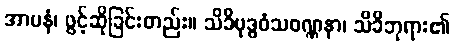
အာပနံ၊ ဖွင့်ဆိုခြင်းတည်း။ သိခိဗုဒ္ဓဝံသဝဏ္ဏနာ၊ သိခိဘုရား၏